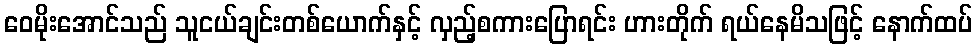
ဝေမိုးအောင်သည် သူငယ်ချင်းတစ်ယောက်နှင့် လှည့်စကားပြောရင်း ဟားတိုက် ရယ်နေမိသဖြင့် နောက်ထပ်